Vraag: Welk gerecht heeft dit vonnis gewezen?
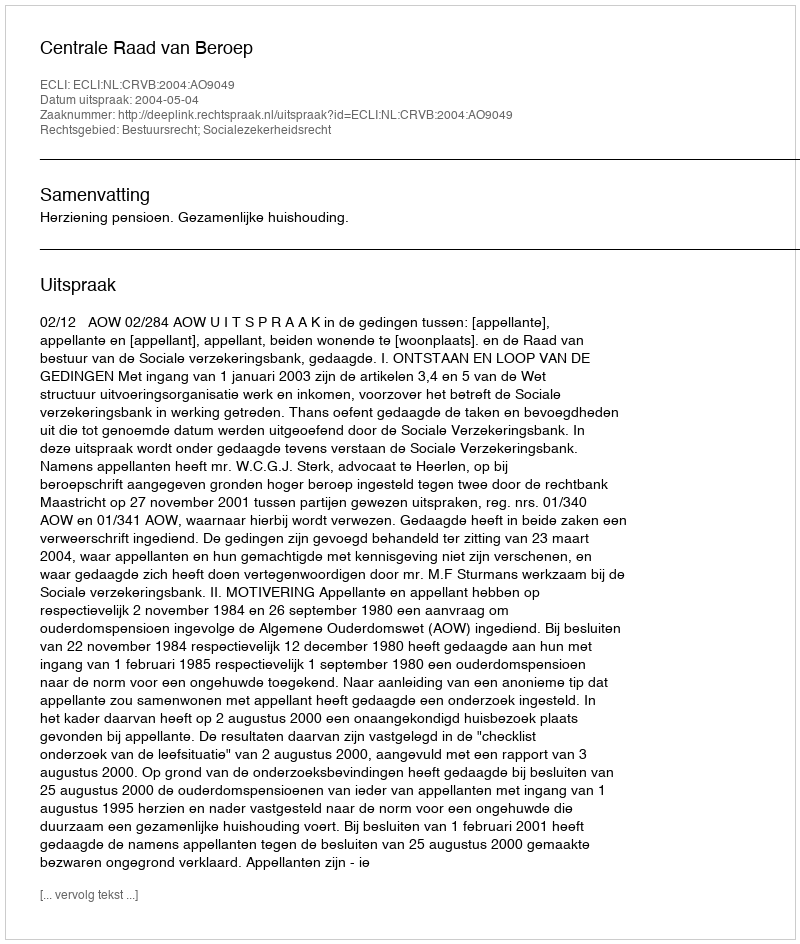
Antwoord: Centrale Raad van Beroep